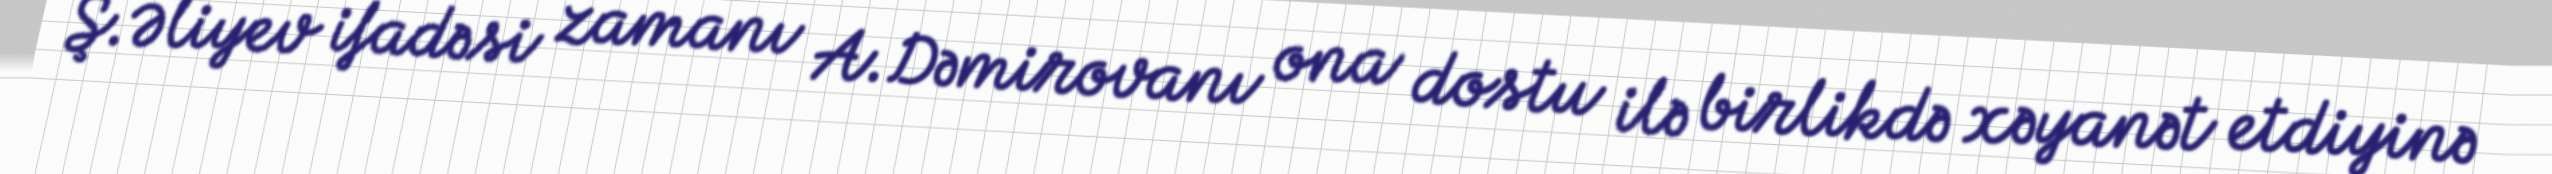
Ş.Əliyev ifadəsi zamanı A.Dəmirovanı ona dostu ilə birlikdə xəyanət etdiyinə